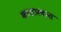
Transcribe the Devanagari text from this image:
कालप्रवास